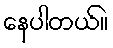
နေပါတယ်။